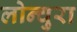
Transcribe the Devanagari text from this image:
लोन्चुरा